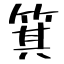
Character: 箕